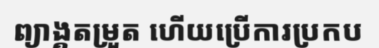
ព្យាង្គតម្រួត ហើយប្រើការប្រកប